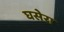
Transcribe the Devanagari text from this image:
घसेरा